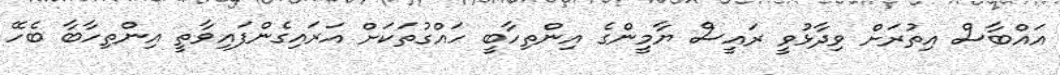
އައްބާސް އިތުރަށް ވިދާޅުވީ ރައީސް ޔާމީންގެ އިންތިހާބީ ހައްގުތަކަށް އަރައިގެންފައިވާތީ އިންތިހާބާ ބެހޭ